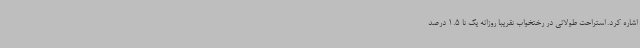
اشاره کرد. استراحت طولانی در رختخواب تقریبا روزانه یک تا 1.5 درصد